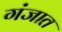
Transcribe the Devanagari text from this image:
गंजात